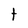
Character: t